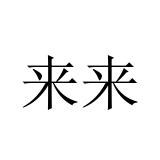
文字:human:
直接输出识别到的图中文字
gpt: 来来